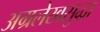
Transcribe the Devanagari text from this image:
अग्रलेखसुद्धा